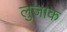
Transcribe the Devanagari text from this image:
लुजाक